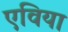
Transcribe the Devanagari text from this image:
एविया